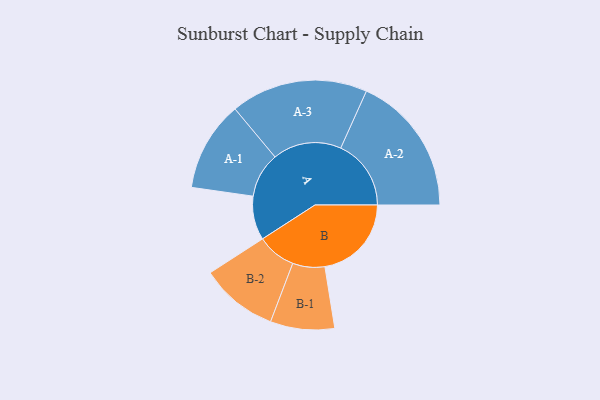
{"axis": {"x": "Segment", "y": "Value"}, "legend": ["", "A", "B"], "data": [{"x": "A", "y": 149, "type": ""}, {"x": "B", "y": 294, "type": ""}, {"x": "A-1", "y": 153, "type": "A"}, {"x": "A-2", "y": 239, "type": "A"}, {"x": "A-3", "y": 233, "type": "A"}, {"x": "B-1", "y": 109, "type": "B"}, {"x": "B-2", "y": 132, "type": "B"}]}